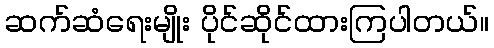
ဆက်ဆံရေးမျိုး ပိုင်ဆိုင်ထားကြပါတယ်။